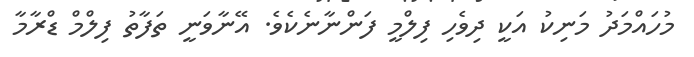
މުހައްމަދު މަނިކު އަކީ ދިވެހި ފިލްމީ ފަންނާނެކެވެ. އޭނާވަނީ ތަފާތު ފިލްމް ޑްރާމާ